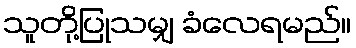
သူတို့ပြုသမျှ ခံလေရမည်။